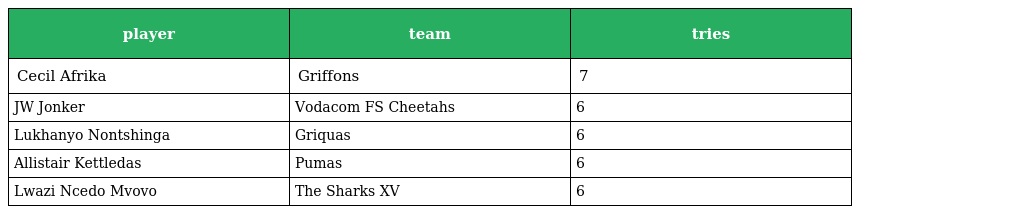
| player | team | tries |
 | --- | --- | --- |
 | Cecil Afrika | Griffons | 7 |
 | JW Jonker | Vodacom FS Cheetahs | 6 |
 | Lukhanyo Nontshinga | Griquas | 6 |
 | Allistair Kettledas | Pumas | 6 |
 | Lwazi Ncedo Mvovo | The Sharks XV | 6 |